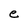
Character: e